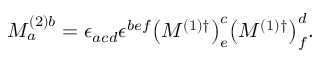
M _ { a } ^ { ( 2 ) b } = \epsilon _ { a c d } \epsilon ^ { b e f } { \left( M ^ { ( 1 ) \dagger } \right) } _ { e } ^ { c } { \left( M ^ { ( 1 ) \dagger } \right) } _ { f } ^ { d } .